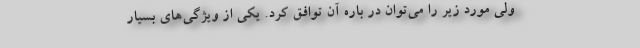
ولی مورد زیر را می‌توان در باره آن توافق کرد. یکی از ویژگی‌های بسیار